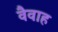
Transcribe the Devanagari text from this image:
वैवाह